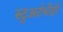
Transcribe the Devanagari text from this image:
स्टुअर्टचीही